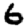
Digit: 6